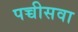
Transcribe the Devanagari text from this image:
पच्चीसवा